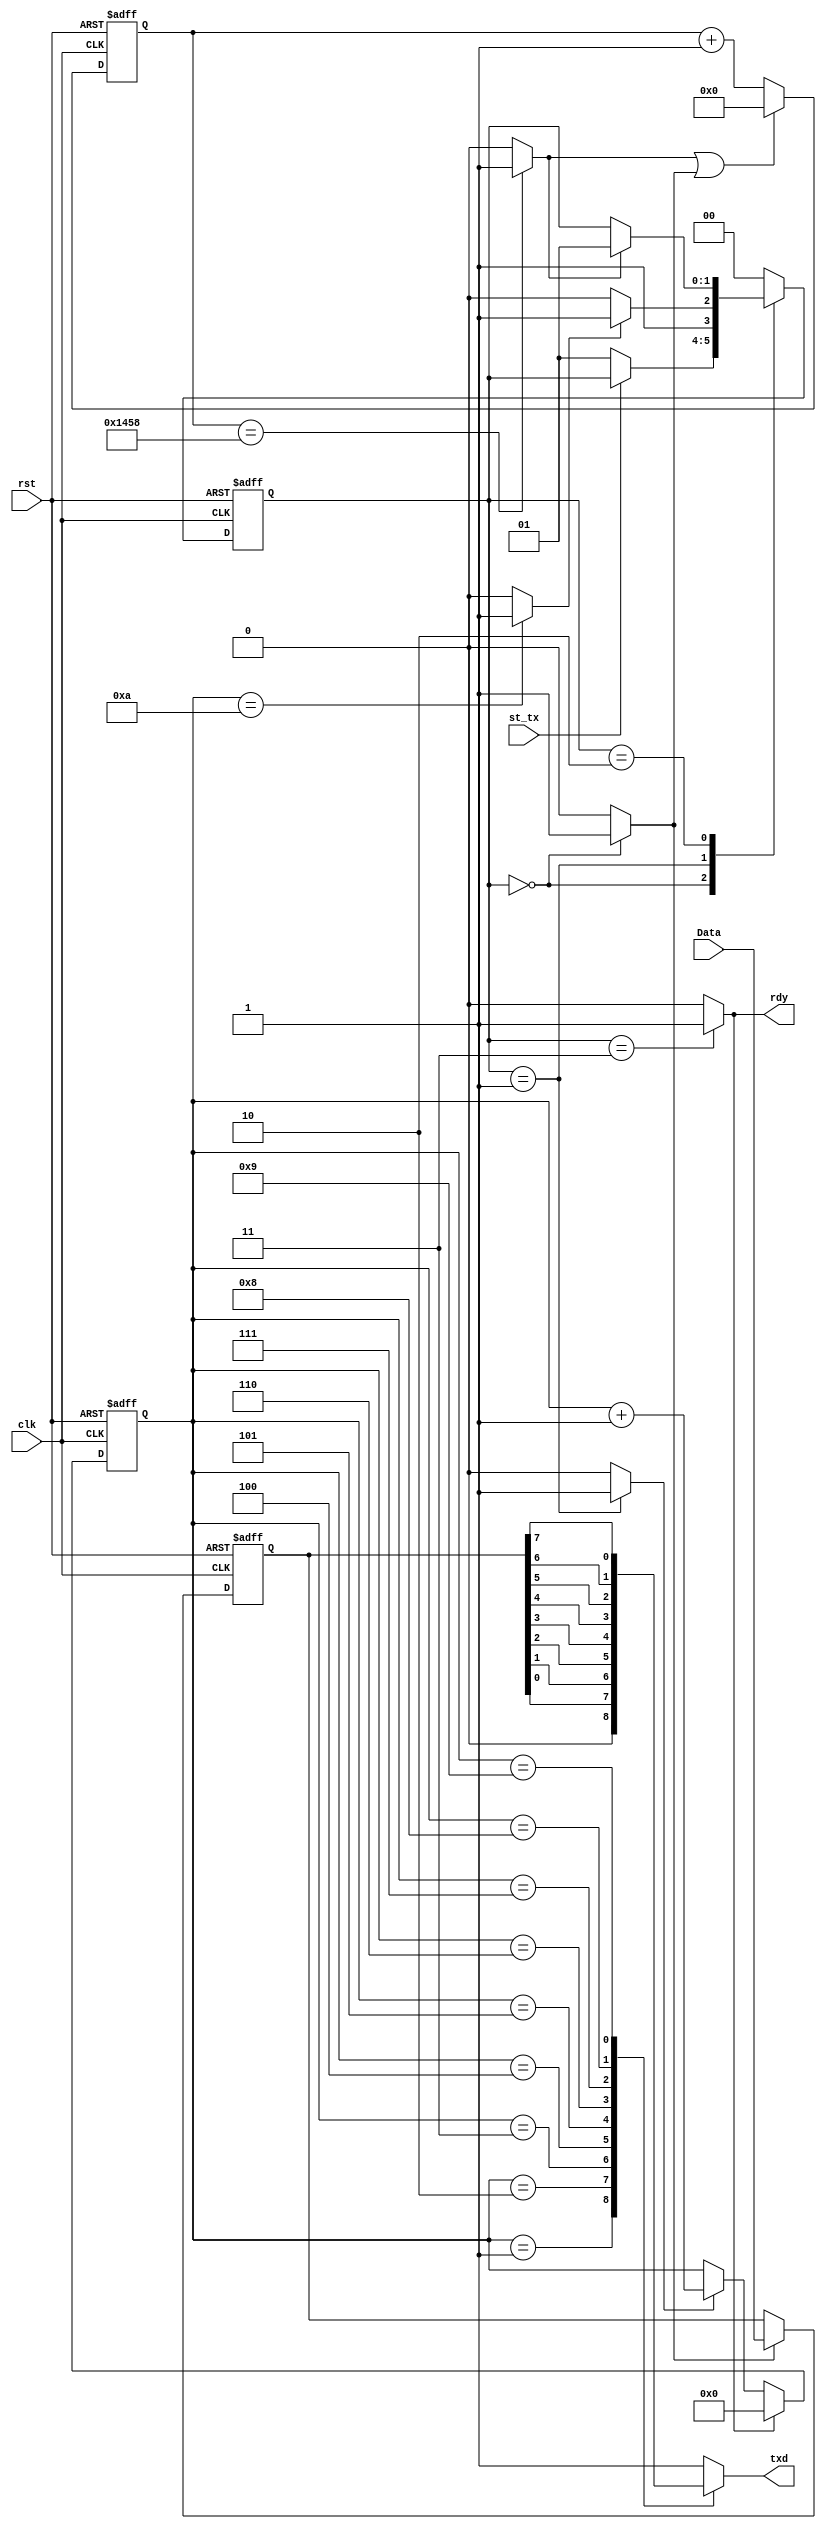
module myUART_TX(rst, clk, st_tx, Data, rdy, txd);
	input rst; 
	input clk;
	input st_tx;
	input [7:0]Data;
	output rdy;
	output reg txd;
	
	wire rst_syn, e, opR;
	reg [12:0]cntBaud;
	wire carryB;
	always @(negedge rst, posedge clk) 
		if(~rst) cntBaud <= 0;
		else if(carryB | opR) cntBaud <= 0;
		else cntBaud <= cntBaud + 1'b1;
		
	assign carryB = (cntBaud == 5208)? 1'b1 : 1'b0;
	
	reg [3:0]sel;
	wire carryMux;
	always @(negedge rst, posedge clk)
		if(~rst) sel <= 0;
		else if(rst_syn) sel <= 0;
		else if(e) sel <= sel + 1'b1;
		
	assign carryMux = (sel == 10)? 1'b1 : 1'b0; // sel == 11 con paridad

	//wire paridad;
	reg [7:0]DataR;
	//assign paridad = DataR[0] ^ DataR[1] ^ DataR[2] ^ DataR[3] ^ DataR[4] ^ DataR[5] ^ DataR[6] ^ DataR[7];		

	
	always @(sel,DataR) begin //poner en lista de sensitividad a paridad
		case(sel)
			0: txd = 1; // idle
			1: txd = 0; // start bit
			2: txd = DataR[0]; //LSB
			3: txd = DataR[1];
			4: txd = DataR[2];
			5: txd = DataR[3];
			6: txd = DataR[4];
			7: txd = DataR[5];
			8: txd = DataR[6];
			9: txd = DataR[7]; //MSB
			//10: txd = paridad;//pair; //Paridad
			default: txd = 1; // stop bit
		endcase
	end
	
	
	
	always @(negedge rst, posedge clk) //Registro de data
		if(~rst) DataR <= 0;
		else if(opR) DataR <= Data;
		
	reg [1:0] nxtSt;
	reg [1:0] currSt;
	
	always @* begin 
		nxtSt = currSt;   //This line is equivalent to the "else" condition and avoids to repeat code
		
		case(currSt)
			0:
				if (~st_tx)
					nxtSt = 1;
			1:	
			   if (~carryMux)
					nxtSt = 2;
				else
					nxtSt = 3;
			2:
				if(carryB)
					nxtSt = 1;
			default:	
				nxtSt = 0;
		endcase   
	end
	/***************************************************/
	
	/*** FSM Sequential Always***/
	always @(negedge rst, posedge clk) begin
		if (~rst) begin
			currSt <= 0;
		end
		else begin
			currSt <= nxtSt;
		end
	
	end
	/***************************************************/
	
	/*** FSM Outputs ***/
	
	assign rst_syn = (currSt == 3) ? 1'b1 : 1'b0;
	assign opR = (currSt == 0) ? 1'b1 : 1'b0;
	assign e = (currSt == 1) ? 1'b1 : 1'b0;
	assign rdy = rst_syn;
	
endmodule